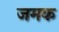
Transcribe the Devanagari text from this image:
जमक